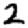
Digit: 2